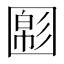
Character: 𡈝